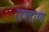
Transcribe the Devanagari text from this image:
उत्ताण